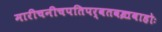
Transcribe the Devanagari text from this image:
मारीचनीचपतिपर्वतवज्रबाहोः